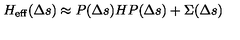
H _ { \mathrm { e f f } } ( \Delta s ) \approx P ( \Delta s ) H P ( \Delta s ) + \Sigma ( \Delta s )